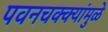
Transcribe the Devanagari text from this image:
पवनचक्क्यांमुळे